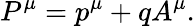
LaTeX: P^{\mu}=p^{\mu}+qA^{\mu}.